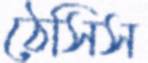
ঠেসিস